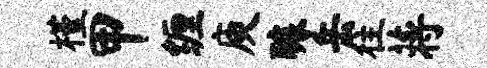
槿甲缠庾醵岳往蒋